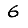
Digit: 6